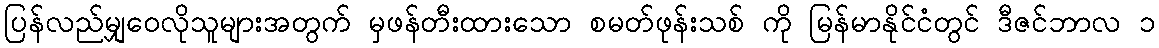
ပြန်လည်မျှဝေလိုသူများအတွက် မှဖန်တီးထားသော စမတ်ဖုန်းသစ် ကို မြန်မာနိုင်ငံတွင် ဒီဇင်ဘာလ ၁